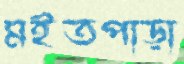
মইতপাড়া